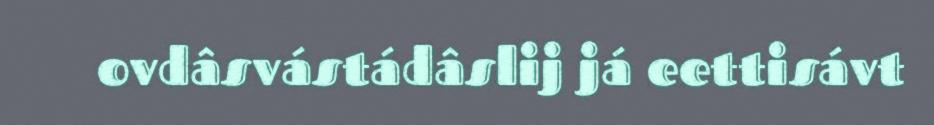
ovdâsvástádâslij já eettisávt